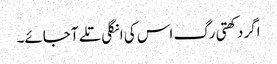
اگر دکھتی رگ اس کی انگلی تلے آ جائے۔